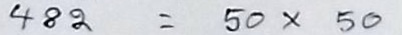
482 = 50 x 50